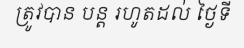
ត្រូវបាន បន្ត រហូតដល់ ថ្ងៃទី